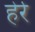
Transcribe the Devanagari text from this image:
हेर्र